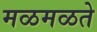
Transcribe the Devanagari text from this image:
मळमळते